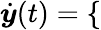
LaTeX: \dot{\boldsymbol{y}}(t)=\left\lbrace\begin{array}{rlr}\end{array}\right.